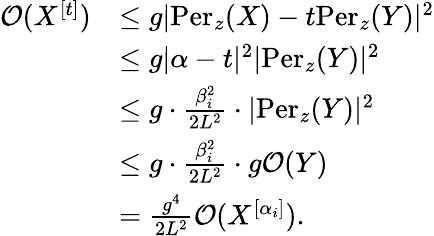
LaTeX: \begin{array}{rl}{\mathcal{O}(X^{[t]})}&{\leq g|\mathrm{Per}_{z}(X)-t\mathrm{Per}_{z}(Y)|^{2}}\\ &{\leq g|\alpha-t|^{2}|\mathrm{Per}_{z}(Y)|^{2}}\\ &{\leq g\cdot\frac{\beta_{i}^{2}}{2L^{2}}\cdot|\mathrm{Per}_{z}(Y)|^{2}}\\ &{\leq g\cdot\frac{\beta_{i}^{2}}{2L^{2}}\cdot g\mathcal{O}(Y)}\\ &{=\frac{g^{4}}{2L^{2}}\mathcal{O}(X^{[\alpha_{i}]}).}\end{array}